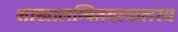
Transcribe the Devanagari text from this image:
शाखालम्बितवल्कलस्य